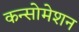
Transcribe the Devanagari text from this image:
कन्सोमेशन